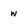
Character: w